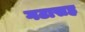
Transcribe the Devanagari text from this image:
गटासह